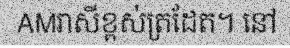
AMរាសីខ្ពស់ត្រដែត។ នៅ